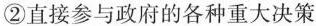
②直接参与政府的各种重大决策